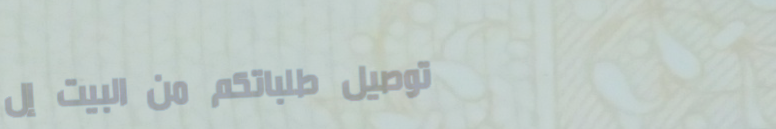
توصيل طلباتكم من البيت إل